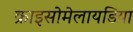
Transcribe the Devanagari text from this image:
क्राइसोमेलायडिया